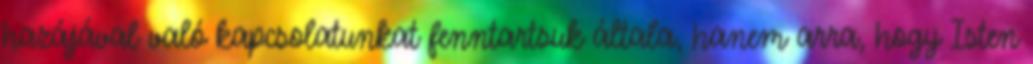
hazájával való kapcsolatunkat fenntartsuk általa, hanem arra, hogy Isten